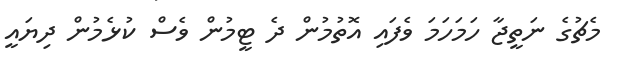
މެޗުގެ ނަތީޖާ ހަމަހަމަ ވެފައި އޮތުމުން ދެ ޓީމުން ވެސް ކުޅެމުން ދިޔައީ